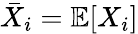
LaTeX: \bar{X}_{i}=\mathbb{E}[X_{i}]